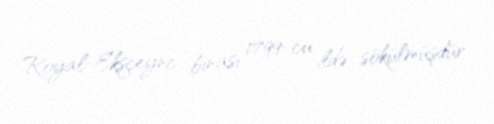
Royal-Eksçeync binası 1799-cu ildə sökülmüşdür.